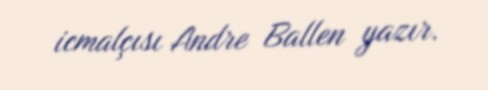
icmalçısı Andre Ballen yazır.